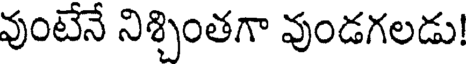
వుంటేనే నిశ్చింతగా వుండగలడు!